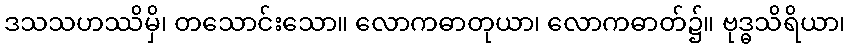
ဒသသဟဿိမှိ၊ တသောင်းသော။ လောကဓာတုယာ၊ လောကဓာတ်၌။ ဗုဒ္ဓသိရိယာ၊